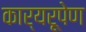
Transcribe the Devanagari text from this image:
कार्यरूपेण